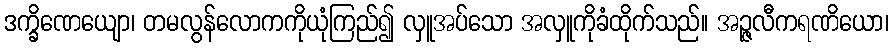
ဒက္ခိဏေယျော၊ တမလွန်လောကကိုယုံကြည်၍ လှူအပ်သော အလှူကိုခံထိုက်သည်။ အဉ္ဇလီကရဏိယော၊